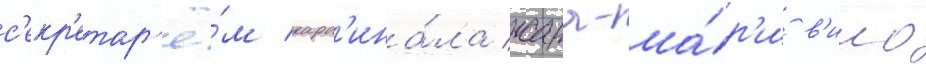
с'екр'етар'ё́м кард'ина́ла жана-ма́р'и в'иио